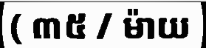
( ៣៥ / ម៉ាយ